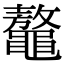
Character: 鼇